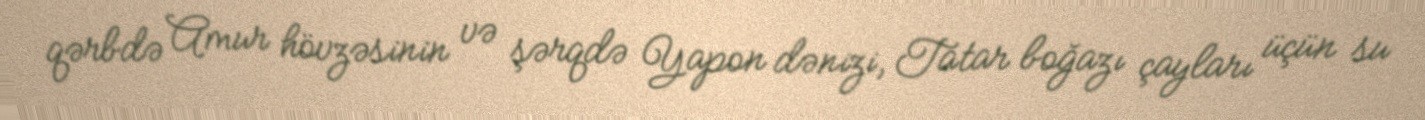
qərbdə Amur hövzəsinin və şərqdə Yapon dənizi, Tatar boğazı çayları üçün su